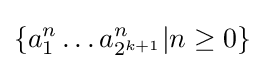
\{a_{1}^{n}\dotso a_{2^{k+1}}^{n}|n\geq 0\}